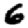
Digit: 6